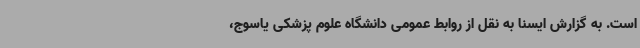
است. به گزارش ایسنا به نقل از روابط عمومی دانشگاه علوم پزشکی یاسوج،